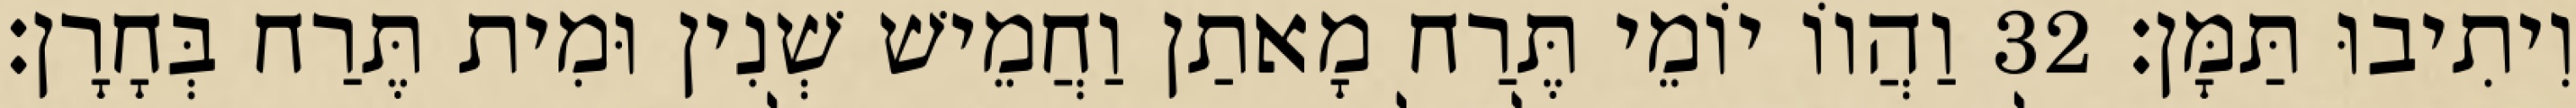
וִיתִיבוּ תַּמָּן׃ 32 וַהֲווֹ יוֹמֵי תֶּרַח מָאתַן וַחֲמֵישׁ שְׁנִין וּמִית תֶּרַח בְּחָרָן׃